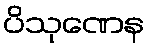
ပိသုဏေန